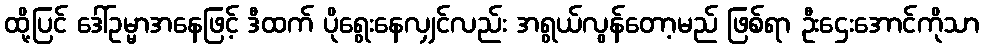
ထို့ပြင် ဒေါ်ဥမ္မာအနေဖြင့် ဒီထက် ပိုရွေးနေလျှင်လည်း အရွယ်လွန်တော့မည် ဖြစ်ရာ ဦးဌေးအောင်ကိုသာ